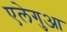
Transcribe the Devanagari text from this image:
एलेगुआ